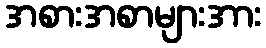
အစားအစာများအား